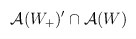
\begin{align*}\mathcal{A}(W_{+})^{\prime }\cap \mathcal{A}(W)\end{align*}